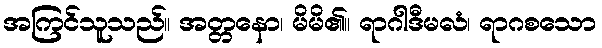
အကြင်သူသည်။ အတ္တနော၊ မိမိ၏။ ရာဂါဒီမလံ၊ ရာဂစသော